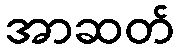
အာဆတ်